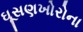
ઘૂસણખોરોના